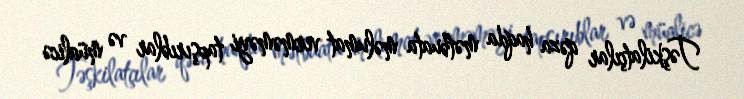
Təşkilatçılar qəza haqda mətbuata məlumat verməməyi tapşırıblar və müalicə